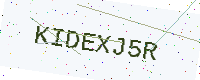
Text: KIDEXJ5R